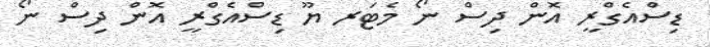
ޑިސްއެގްރީ އޮން ދިސް ނޯ މެޓަރ ޔޫ ޑިސްއެގްރީ އޮން ދިސް ނޯ